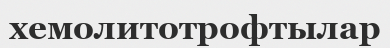
хемолитотрофтылар